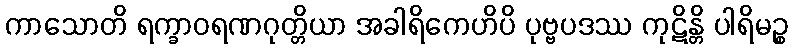
ကာသောတိ ရက္ခာဝရဏဂုတ္တိယာ အခါရိကေဟိပိ ပုဗ္ဗပဒဿ ကုဋိန္တိ ပါရိမဉ္စ